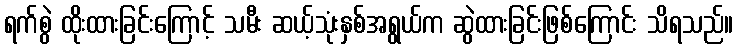
ရက်စွဲ ထိုးထားခြင်းကြောင့် သမီး ဆယ့်သုံးနှစ်အရွယ်က ဆွဲထားခြင်းဖြစ်ကြောင်း သိရသည်။